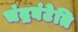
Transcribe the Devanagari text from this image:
चंद्रघंटेति